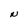
Character: N